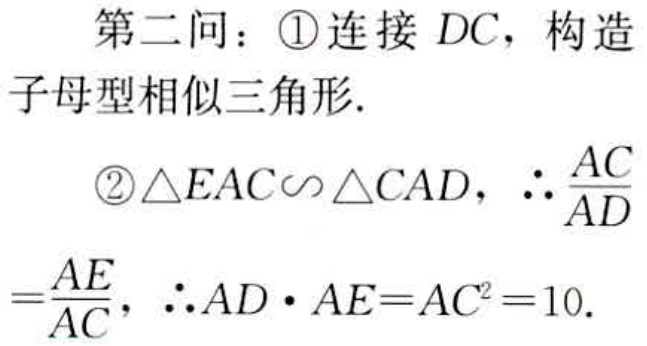
第二问：\textcircled{1}连接 \(DC\)，构造
子母型相似三角形.
\textcircled{2}\(\triangle EAC\sim\triangle CAD\)，\(\therefore \frac{AC}{AD}\)
\(=\frac{AE}{AC}\)，\(\therefore AD\cdot AE = AC^{2}=10\).